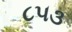
૮૫૩